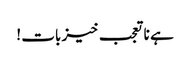
ہے نا تعجب خیز بات !